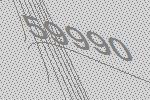
59990